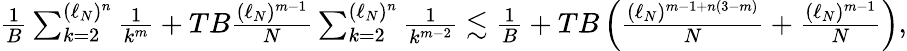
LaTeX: \begin{array}{r}{\frac 1B\sum_{k=2}^{(\ell_{N})^{n}}\frac{1}{k^{m}}+TB\frac{(\ell_{N})^{m-1}}{N}\sum_{k=2}^{(\ell_{N})^{n}}\frac{1}{k^{m-2}}\lesssim\frac 1B+TB\left(\frac{(\ell_{N})^{m-1+n(3-m)}}{N}+\frac{(\ell_{N})^{m-1}}{N}\right),}\end{array}